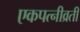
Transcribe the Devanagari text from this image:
एकपत्‍नीव्रती